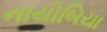
નાયોબિયા